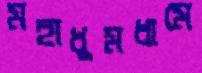
মহাধুমধামে